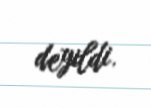
deyildi.